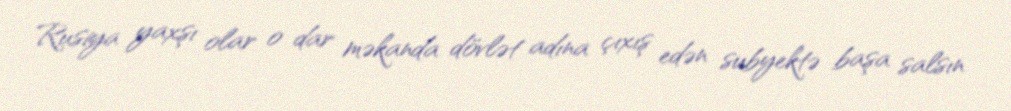
Rusiya yaxşı olar o dar məkanda dövlət adına çıxış edən subyektə başa salsın